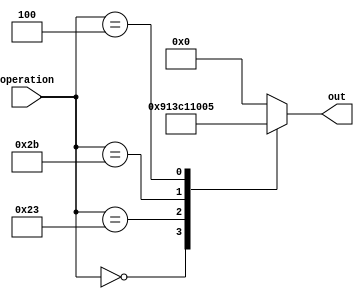
module Control(
	input [10:0] operation,
	output reg [8:0] out
);

	always @(operation)
	begin
		case (operation)
			6'b000000: out = 9'b100100010; // R-format
			6'b100011: out = 9'b011110000; // lw
			6'b101011: out = 9'b010001000; // sw
			6'b000100: out = 9'b000000101; // beq
			default: out = 9'b0;
		endcase
	end //compelete

endmodule